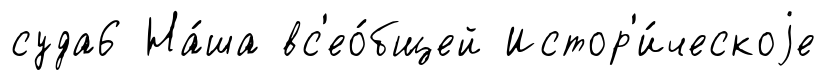
суда6 На́ша вс'ео́бщей Истор'и́ческоjе